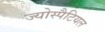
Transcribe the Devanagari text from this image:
ज्योस्पैटियल